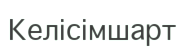
Келісімшарт